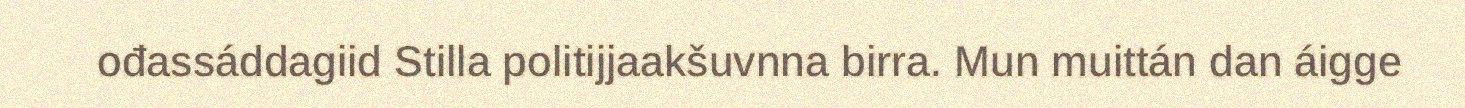
ođassáddagiid Stilla politijjaakšuvnna birra. Mun muittán dan áigge